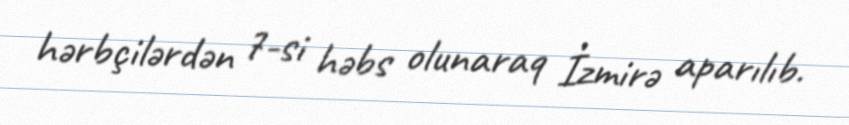
hərbçilərdən 7-si həbs olunaraq İzmirə aparılıb.